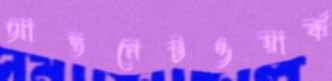
আন্তনেটওয়ার্ক